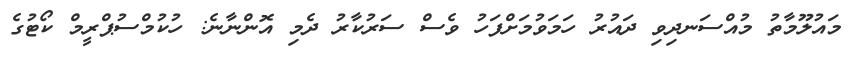
މައުލޫމާތު މުއްސަނދިވި ދައުރު ހަމަވުމަށްފަހު ވެސް ސަރުކާރު ދެމި އޮންނާނެ: ހުކުމްސުޕްރީމް ކޯޓުގެ